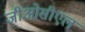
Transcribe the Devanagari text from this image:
जीओसीएल